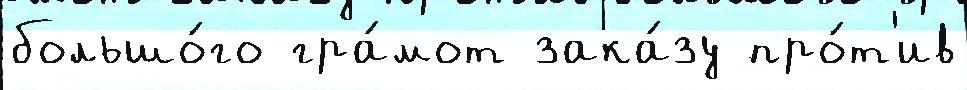
большо́го гра́мот зака́зу про́т'ив